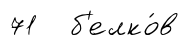
71 б'елко́в